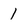
Character: 1